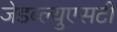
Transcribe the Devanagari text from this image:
जेडब्ल्युएसटी